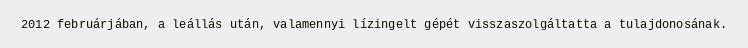
2012 februárjában, a leállás után, valamennyi lízingelt gépét visszaszolgáltatta a tulajdonosának.